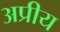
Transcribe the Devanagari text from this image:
अप्रीय